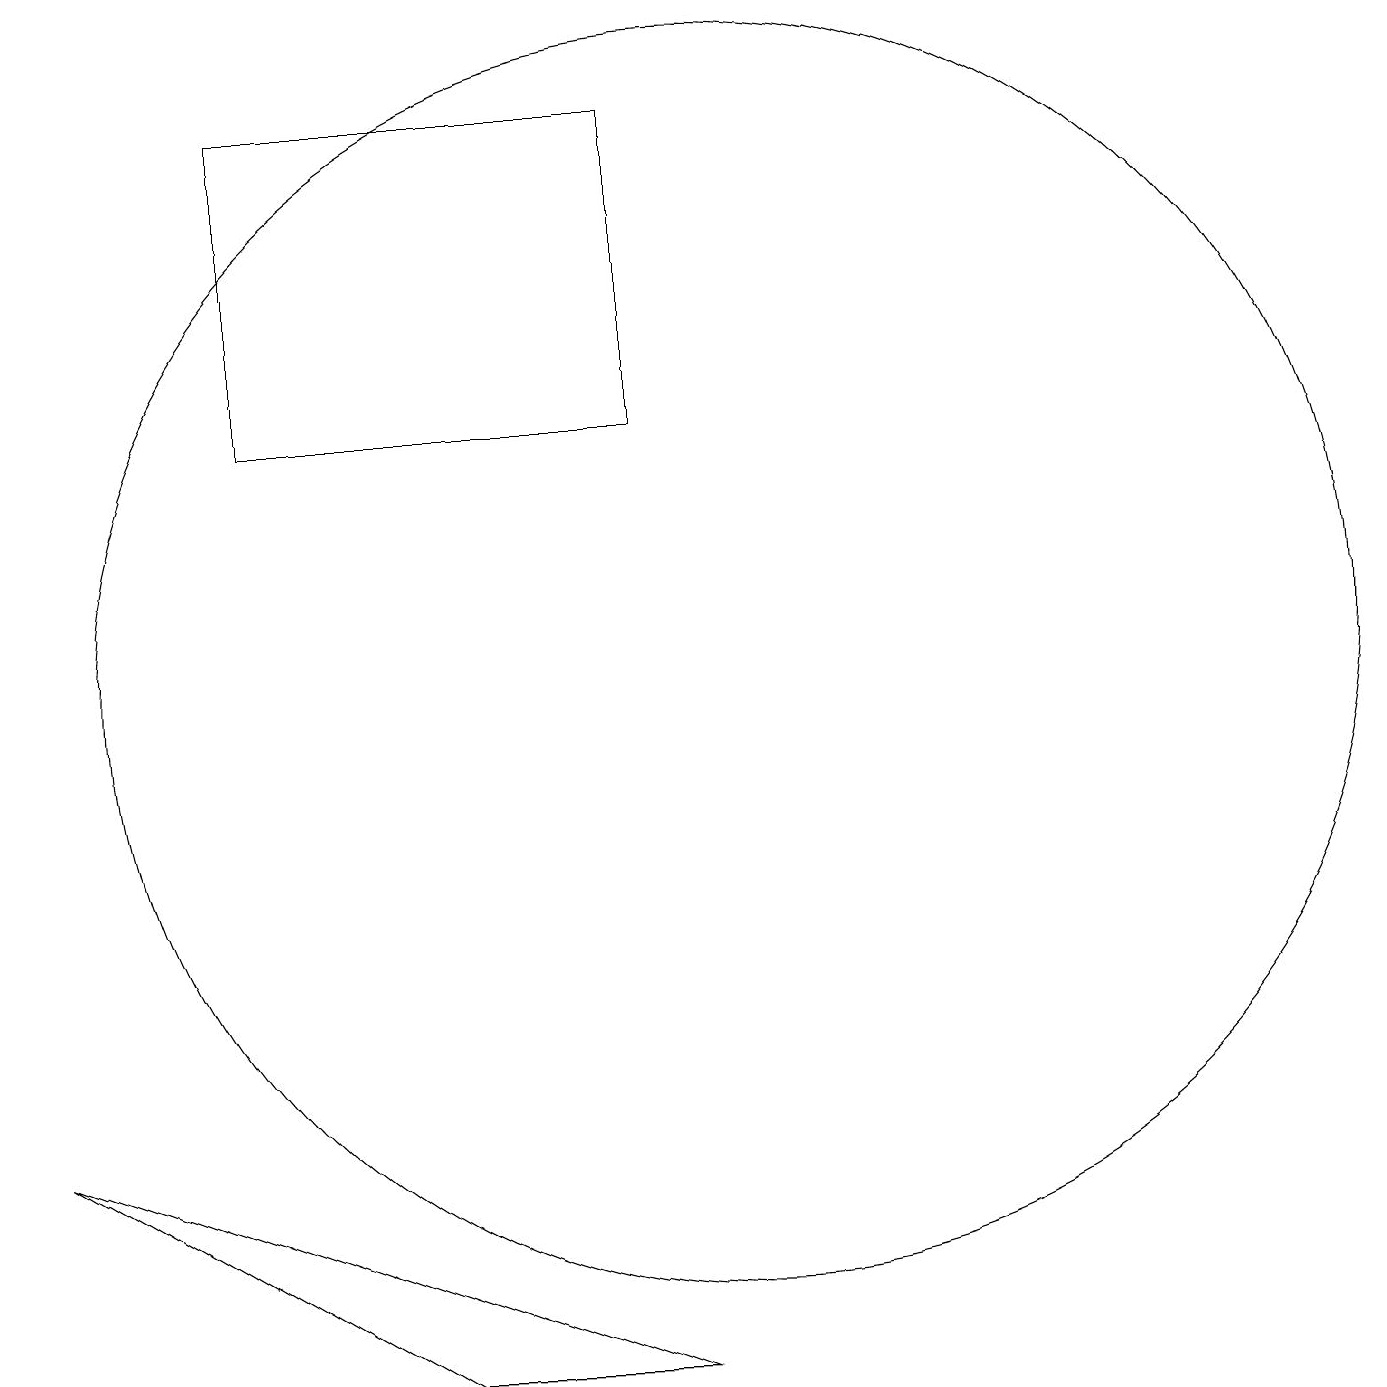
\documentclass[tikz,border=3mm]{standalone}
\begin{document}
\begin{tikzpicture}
\draw (10,11) circle (8);
\draw (1,5) -- (9,2) -- (6,2) -- cycle;
\draw (4,18) rectangle (9,14);
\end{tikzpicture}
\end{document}